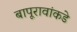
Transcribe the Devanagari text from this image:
बापूरावांकडे